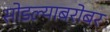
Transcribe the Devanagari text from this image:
सोडल्याबरोबर